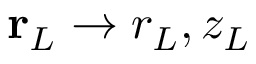
\mathbf { r } _ { L } \rightarrow r _ { L } , z _ { L }